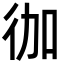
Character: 𭛥